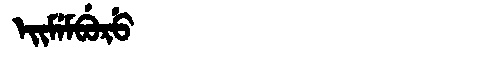
Manchu: ᡝᡳᠮᡝᠮᠪᡠᡵᡠ
Romanization: EIMEMBURU